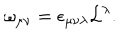
\omega _ { \mu \nu } = \epsilon _ { \mu \nu \lambda } { \cal L } ^ { \lambda } .